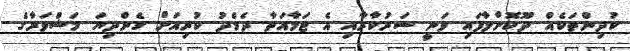
ކުދިންތަކެއް ދޫކޮށްލާފައި ވަނީ ސަރުކާރާއި އެ ޖަމާއަތާ ދެމެދު ކުރިއަށް ގެންދިޔަ މަޝްވަރާގެ